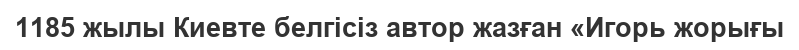
1185 жылы Киевте белгісіз автор жазған «Игорь жорығы